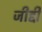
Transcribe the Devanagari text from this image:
जीद्दी